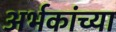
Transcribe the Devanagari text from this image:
अर्भकांच्या